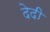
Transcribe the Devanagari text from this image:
देदी